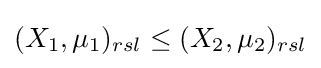
(X_{1},\mu _{1})_{rsl}\leq (X_{2},\mu _{2})_{rsl}